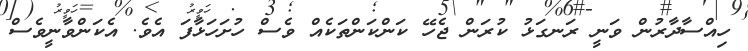
ހިއްސާދާރުން ވަނީ ރަނގަޅު ކުރަން ޖެހޭ ކަންކަންތަކެއް ވެސް ހުށަހަޅާފަ އެވެ. އެކަންވާނީވެސް